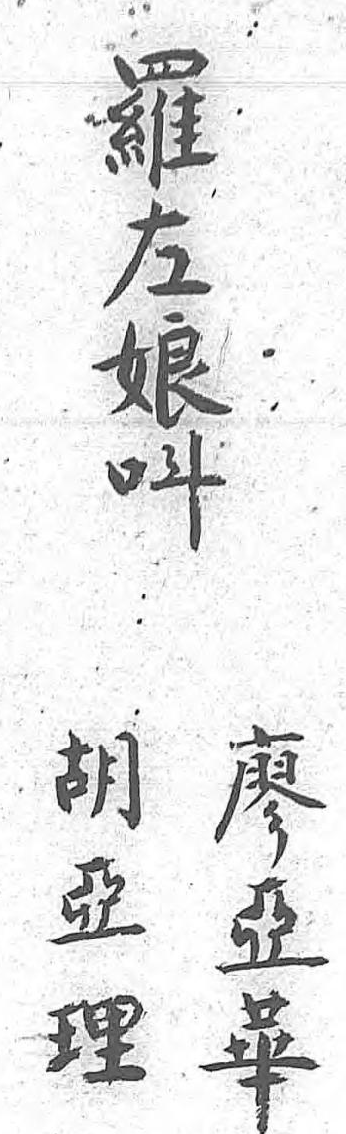
羅廖胡左亞亞娘華理呌